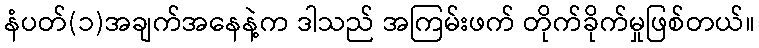
နံပတ်(၁)အချက်အနေနဲ့က ဒါသည် အကြမ်းဖက် တိုက်ခိုက်မှုဖြစ်တယ်။